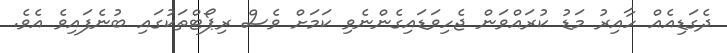
ދެގަޑިއެއް ހާއިރު މަޑު ކުރައްވަން ޖެހިވަޑައިގެންނެވި ކަމަށް ވެސް ރިޕޯޓްތަކުގައި ބުނެފައިވެ އެވެ.